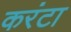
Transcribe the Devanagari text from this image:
करंटा